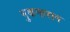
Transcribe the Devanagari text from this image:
मुकनाराम